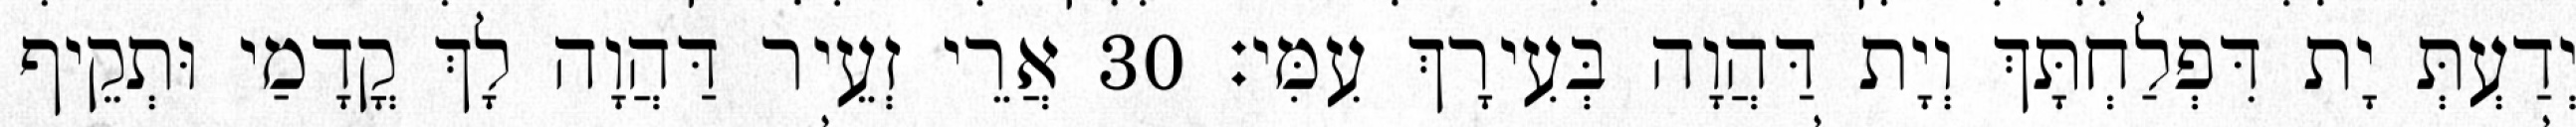
יְדַעְתְּ יָת דִּפְלַחְתָּךְ וְיָת דַּהֲוָה בְּעִירָךְ עִמִּי׃ 30 אֲרֵי זְעֵיר דַּהֲוָה לָךְ קֳדָמַי וּתְקֵיף